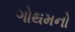
ગોથમનો